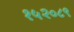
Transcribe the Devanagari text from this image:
१५२०८९